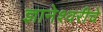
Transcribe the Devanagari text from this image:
ज्ञानेश्‍वरीचे